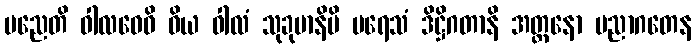
မညေတိ ဝါလဝေဓိ ဝိယ ဝါလံ သုခုမာနိပိ ပရေသံ ဒိဋ္ဌိဂတာနိ အတ္တနော ပညာဂတေန